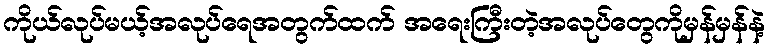
ကိုယ်လုပ်မယ့်အလုပ်ရေအတွက်ထက် အရေးကြီးတဲ့အလုပ်တွေကိုမှန်မှန်နဲ့